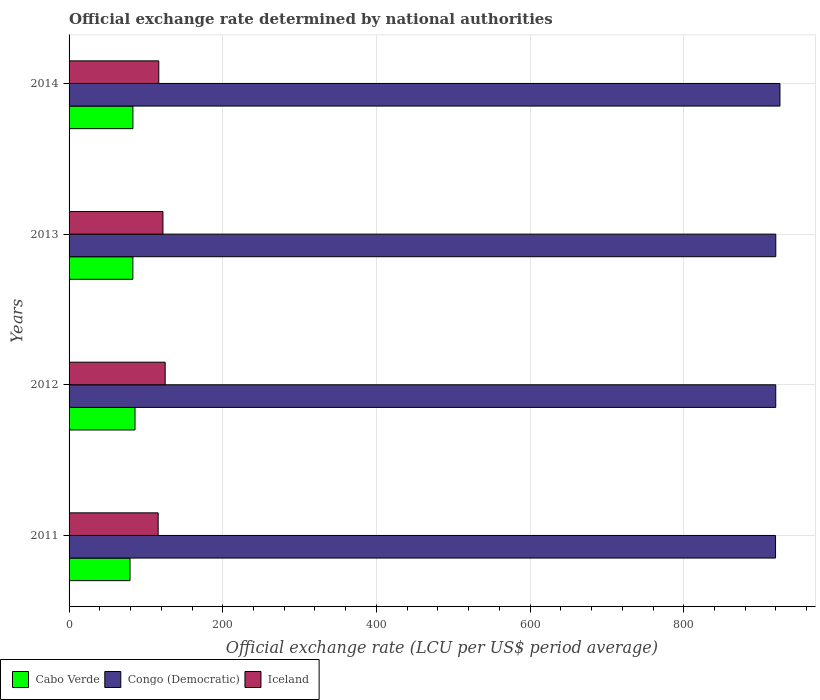
| Years | Cabo Verde | Congo (Democratic) | Iceland |
 | --- | --- | --- | --- |
 | 2011 | 79.3 | 919 | 116 |
 | 2012 | 85.8 | 920 | 125 |
 | 2013 | 83.1 | 920 | 122 |
 | 2014 | 83.1 | 925 | 117 |